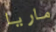
ماريا